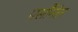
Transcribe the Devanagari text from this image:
पर्सौनेल